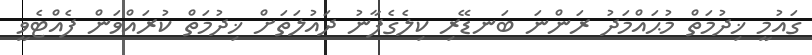
ގައުމީ ޚިދުމަތް މުޙައްމަދު ރަންނަ ބަނޑޭރި ކިލެގެފާނު ދައުލަތަށް ޚިދުމަތް ކުރައްވަން ފެއްޓެވީ